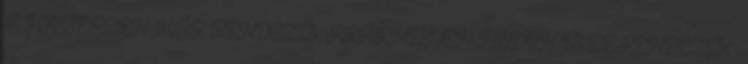
A HÁTTÉRBEN MÁR RENDEZIK AKÁRMILYEN MÓDON IS DE.RENDEZIK ,